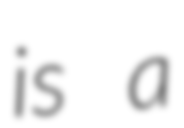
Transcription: is a